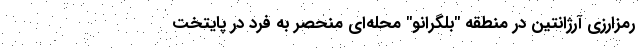
رمزارزی آرژانتین در منطقه "بلگرانو" محله‌ای منحصر به فرد در پایتخت